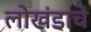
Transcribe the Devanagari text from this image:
लोखंडाचें